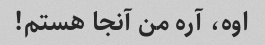
اوه، آره من آنجا هستم!